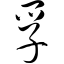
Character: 孚